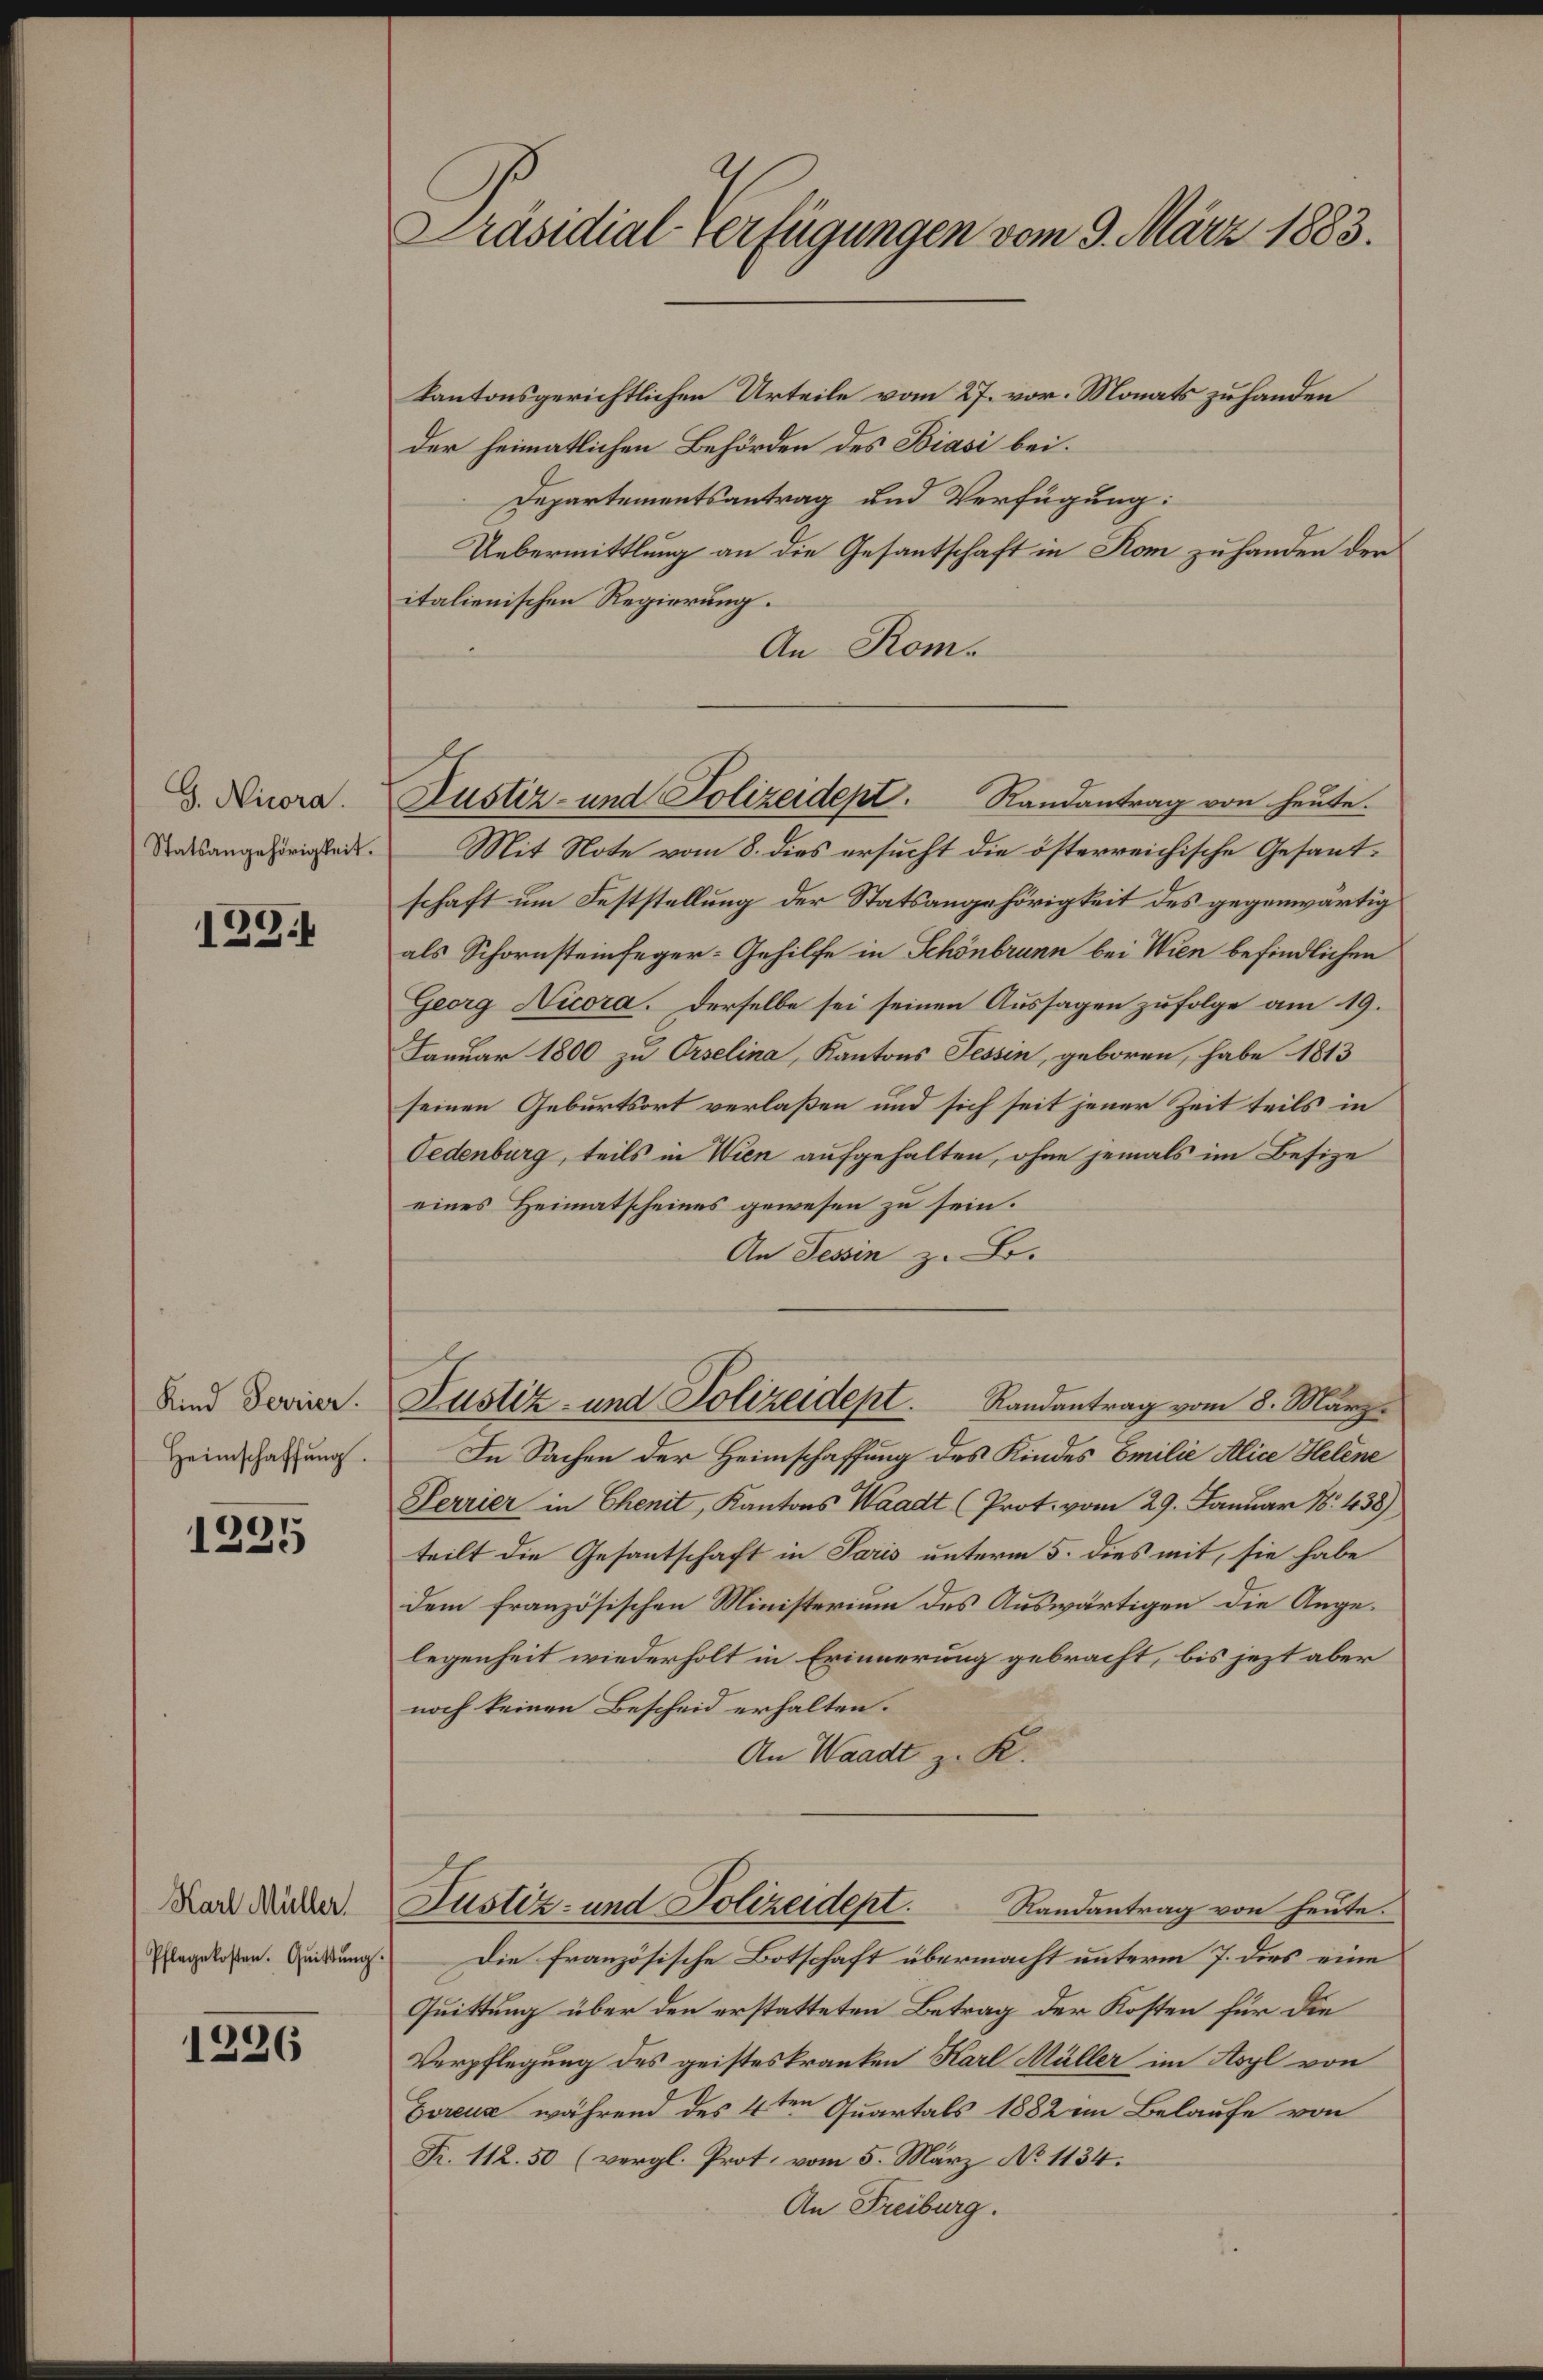
G. Nicora.
Statsangehörigkeit.

1281

Kind Ferrier.
Heimschaffung.

1235

Karl Müller
Pflegekosten. Quittŭng.

1236

Präsidial-Verfügungen vom 9. März 1883.

kantonsgerichtlichen Urteile vom 27. vor. Monats zu handen
der heimatlichen Behörden des Biasi bei.
Departementsantrag und Verfügung:
Uebermittlung an die Gesantschaft in Rom zu handen der
italienischen Regierung.
An Rom.
Mit Note vom 8. dies ersucht die österreichische Gesantschaft um Feststellung der Statsangehörigkeit des gegenwärtig
als Schornsteinfeger-Gehilfe in Schönbrunn bei Wien befindlichen
Georg Nicora. Derselbe sei seinen Aussagen zufolge am 19.
Januar 1800 zu Orselina, Kantons Tessin, geboren, habe 1813
seinen Geburtsort verlaßen und sich seit jener Zeit teils in
Oedenburg, teils in Wien aufgehalten, ohne jemals im Besize
eines Heimatscheines gewesen zu sein.
An Tessin z. B.
Justiz- und Polizeidept. Randantrag vom 8. März.
In Sachen der Heimschaffung des Kindes Emilie Alice Helene
Perrier in Chenit, Kantons Waadt (Prot. vom 29. Januar 18. 438)
teilt die Gesantschaft in Paris unterm 5. dies mit, sie habe
dem französischen Ministerium des Auswärtigen die Angelegenheit wiederholt in Erinnerung gebracht, bis jezt aber
noch keinen Bescheid erhalten.
An Waadt z. K.
Justiz- und Polizeidept.
Randantrag von heute.
Die französische Botschaft übermacht unterm 7. dies eine
Quittung über den erstatteten Betrag der Kosten für die
Verpflegung des geisteskranken Karl Müller im Asyl von
Goreuz während des 4ten Quartals 1882 im Belaufe von
Fr. 112.50 (vergl. Prot. vom 5. März No 1134.
An Freiburg.

Rustiz- und Polizeidept. Randantrag von heute.